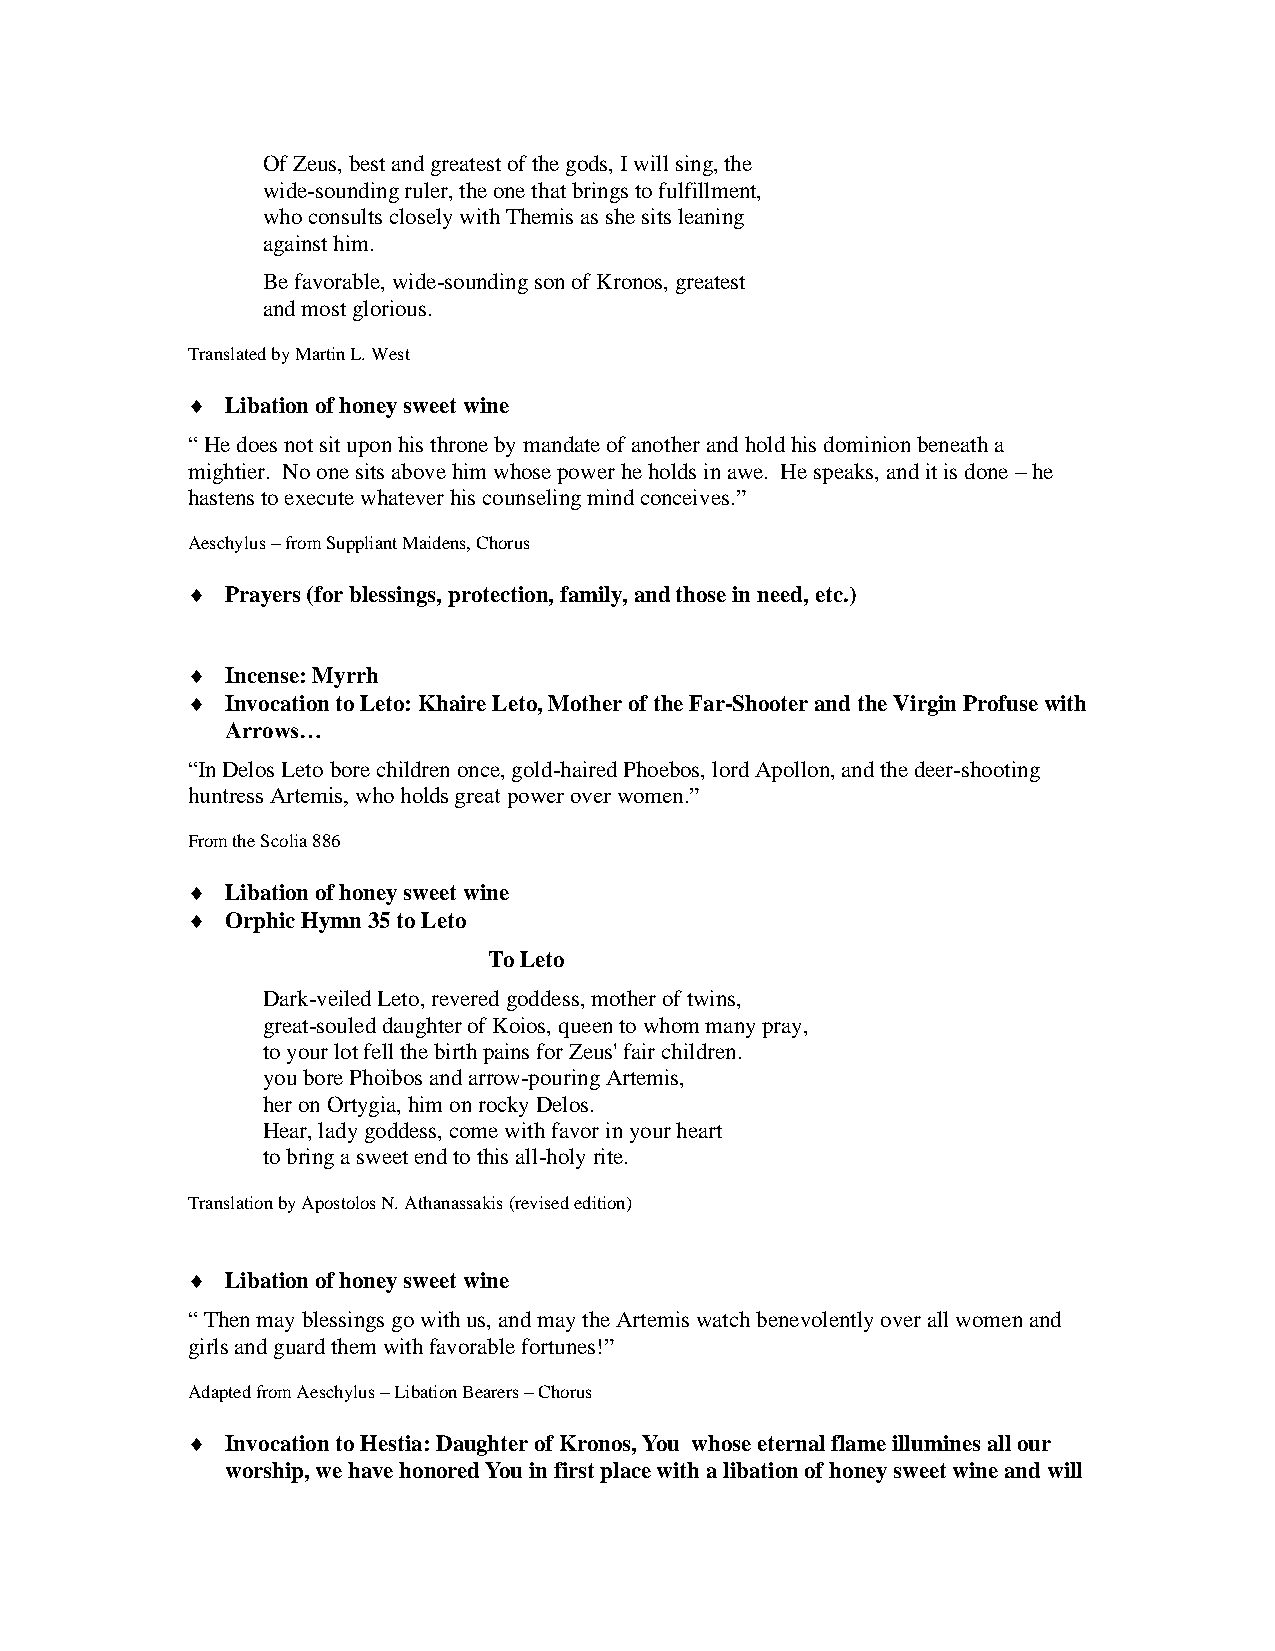
Of Zeus, best and greatest of the gods, I will sing, the
 wide-sounding ruler, the one that brings to fulfillment,
 who consults closely with Themis as she sits leaning
 against him.
 Be favorable, wide-sounding son of Kronos, greatest
 and most glorious.
 Translated by Martin L. West
   Libation of honey sweet wine
 “ He does not sit upon his throne by mandate of another and hold his dominion beneath a
 mightier. No one sits above him whose power he holds in awe. He speaks, and it is done – he
 hastens to execute whatever his counseling mind conceives.”
 Aeschylus – from Suppliant Maidens, Chorus
   Prayers (for blessings, protection, family, and those in need, etc.)
   Incense: Myrrh
   Invocation to Leto: Khaire Leto, Mother of the Far-Shooter and the Virgin Profuse with
 Arrows…
 “In Delos Leto bore children once, gold-haired Phoebos, lord Apollon, and the deer-shooting
 huntress Artemis, who holds great power over women.”
 From the Scolia 886
   Libation of honey sweet wine
   Orphic Hymn 35 to Leto
 To Leto
 Dark-veiled Leto, revered goddess, mother of twins,
 great-souled daughter of Koios, queen to whom many pray,
 to your lot fell the birth pains for Zeus' fair children.
 you bore Phoibos and arrow-pouring Artemis,
 her on Ortygia, him on rocky Delos.
 Hear, lady goddess, come with favor in your heart
 to bring a sweet end to this all-holy rite.
 Translation by Apostolos N. Athanassakis (revised edition)
   Libation of honey sweet wine
 “ Then may blessings go with us, and may the Artemis watch benevolently over all women and
 girls and guard them with favorable fortunes!”
 Adapted from Aeschylus – Libation Bearers – Chorus
   Invocation to Hestia: Daughter of Kronos, You whose eternal flame illumines all our
 worship, we have honored You in first place with a libation of honey sweet wine and will